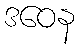
ဒဝေန